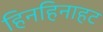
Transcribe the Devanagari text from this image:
हिनहिनाहट